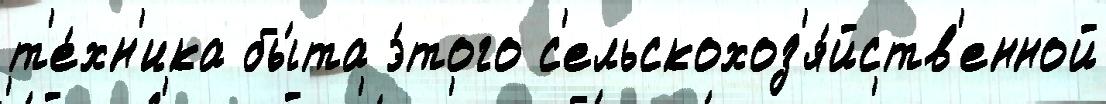
т'е́хн'ика бы́та э́того с'ельскохоз'я́йств'енной